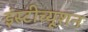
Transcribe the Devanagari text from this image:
इंस्‍टीच्‍यूशन